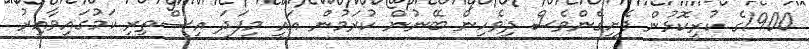
1900ގެ ކުރީކޮޅުން ފެށިގެންވެސް ދިވެހިން ބޭނުން ކުރަމުން އައީ މިފަދަ އިސްތިރި ކަމުގައިވާއިރު